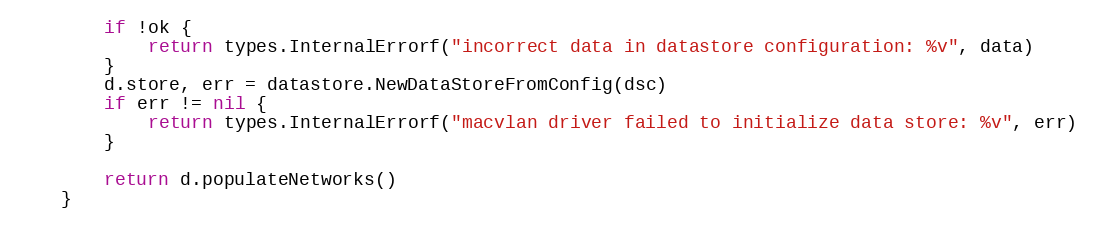
Language: Go
		if !ok {
			return types.InternalErrorf("incorrect data in datastore configuration: %v", data)
		}
		d.store, err = datastore.NewDataStoreFromConfig(dsc)
		if err != nil {
			return types.InternalErrorf("macvlan driver failed to initialize data store: %v", err)
		}

		return d.populateNetworks()
	}